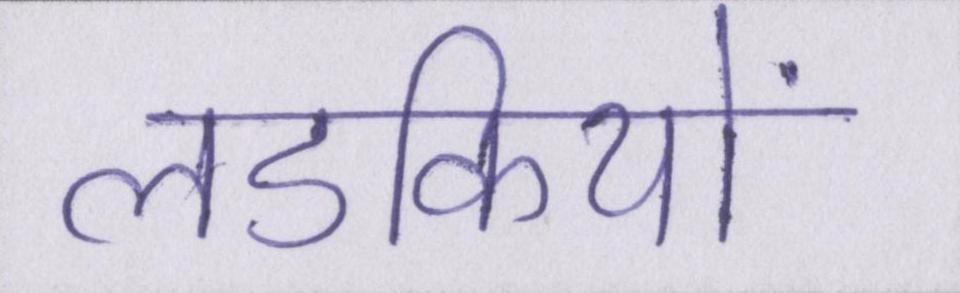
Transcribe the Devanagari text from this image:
लडकियों